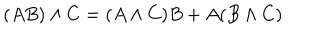
( A B ) \wedge C = ( A \wedge C ) B + A ( B \wedge C )